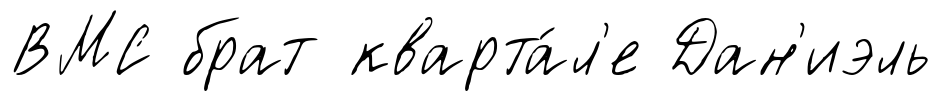
ВМС брат кварта́л'е Дан'иэль